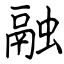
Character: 融